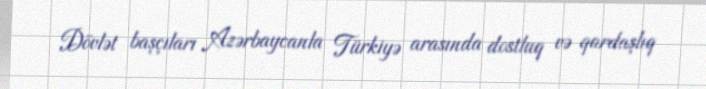
Dövlət başçıları Azərbaycanla Türkiyə arasında dostluq və qardaşlıq